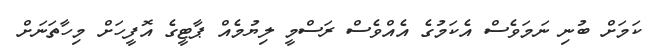
ކަމަށް ބުނި ނަމަވެސް އެކަމުގެ އެއްވެސް ރަސްމީ ލިޔުމެއް ޕާޓީގެ އޮފީހަށް މިހާތަނަށް